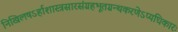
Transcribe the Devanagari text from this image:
निखिलषऽर्हाशास्त्रसारसंग्रहभूतग्रन्थकरणेऽप्यधिकारः